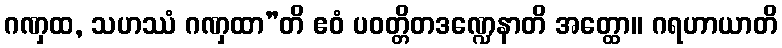
ဂဏှထ, သဟဿံ ဂဏှထာ”တိ ဧဝံ ပဝတ္တိတဒဏ္ဍေနာတိ အတ္ထော။ ဂရဟာယာတိ